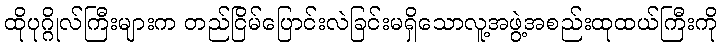
ထိုပုဂ္ဂိုလ်ကြီးများက တည်ငြိမ်ပြောင်းလဲခြင်းမရှိသောလူ့အဖွဲ့အစည်းထုထယ်ကြီးကို